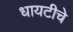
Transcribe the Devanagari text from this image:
धायटीचे